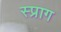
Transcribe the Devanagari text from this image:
स्प्राग